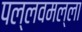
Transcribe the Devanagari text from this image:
पल्लवमल्ला